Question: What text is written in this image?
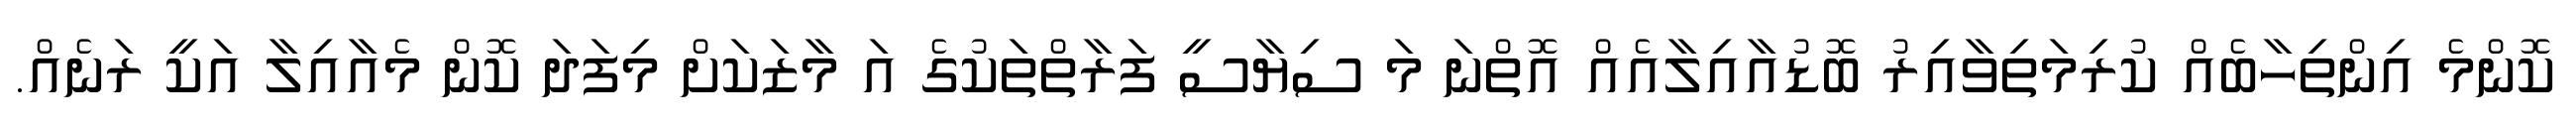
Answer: ކޮންމެ އިންތިހާބެއް ކުރިމަތިވާއިރު ބޮޑުއާއިލާއެއް އޮތްނަ މަ ސިޔާސީ ފަރާތްތަކުގެ އަ މާޒަކަށް މިފަދަ ކޮން މެއާއިލާ އަކީ ރަނެއް.